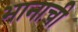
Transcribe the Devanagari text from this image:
भानाची